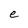
Character: e